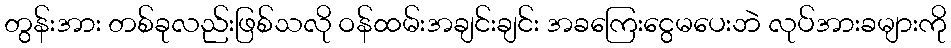
တွန်းအား တစ်ခုလည်းဖြစ်သလို ဝန်ထမ်းအချင်းချင်း အခကြေးငွေမပေးဘဲ လုပ်အားခများကို